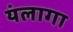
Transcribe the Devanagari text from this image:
यंलागा